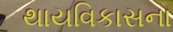
થાયવિકાસના